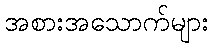
အစားအသောက်များ